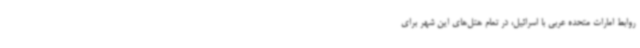
روابط امارات متحده عربی با اسرائیل، در تمام هتل‌های این شهر برای